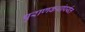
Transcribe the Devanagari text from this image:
पुराणकथांपर्यंत